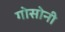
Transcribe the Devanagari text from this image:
गोसोनी